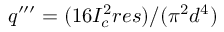
q ^ { \prime \prime \prime } = ( 1 6 I _ { c } ^ { 2 } r e s ) / ( \pi ^ { 2 } d ^ { 4 } )